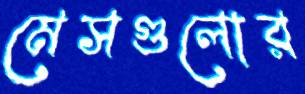
মেসগুলোর